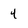
Character: 4